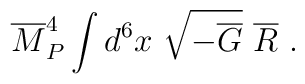
{\overline M}_P^4\int d^6x~\sqrt{-{\overline G}}~{\overline R}~.